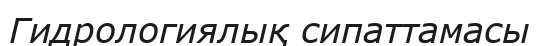
Гидрологиялық сипаттамасы